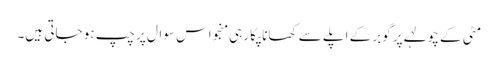
مٹی کے چولہے پر گوبر کے اپلے سے کھانا پکا رہی منجو اس سوال پر چپ ہو جاتی ہیں۔